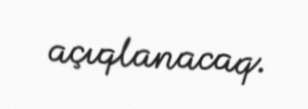
açıqlanacaq.